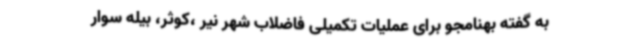
به گفته بهنامجو برای عملیات تکمیلی فاضلاب شهر نیر ،کوثر، بیله سوار